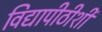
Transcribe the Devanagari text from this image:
विद्यापीठीशी